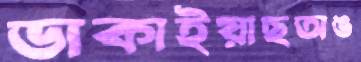
ডাকাইয়াছঅঙ